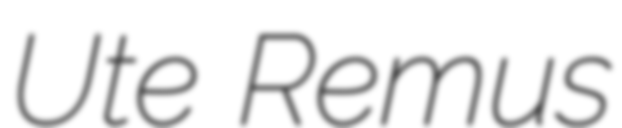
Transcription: Ute Remus